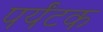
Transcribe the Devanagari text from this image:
पर्यंटक